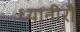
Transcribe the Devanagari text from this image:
ध्यानीरौ